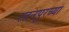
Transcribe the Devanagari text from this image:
रतनपूरच्या